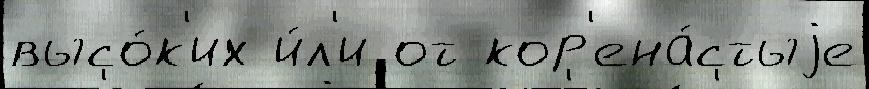
высо́к'их и́л'и от кор'ена́стыjе